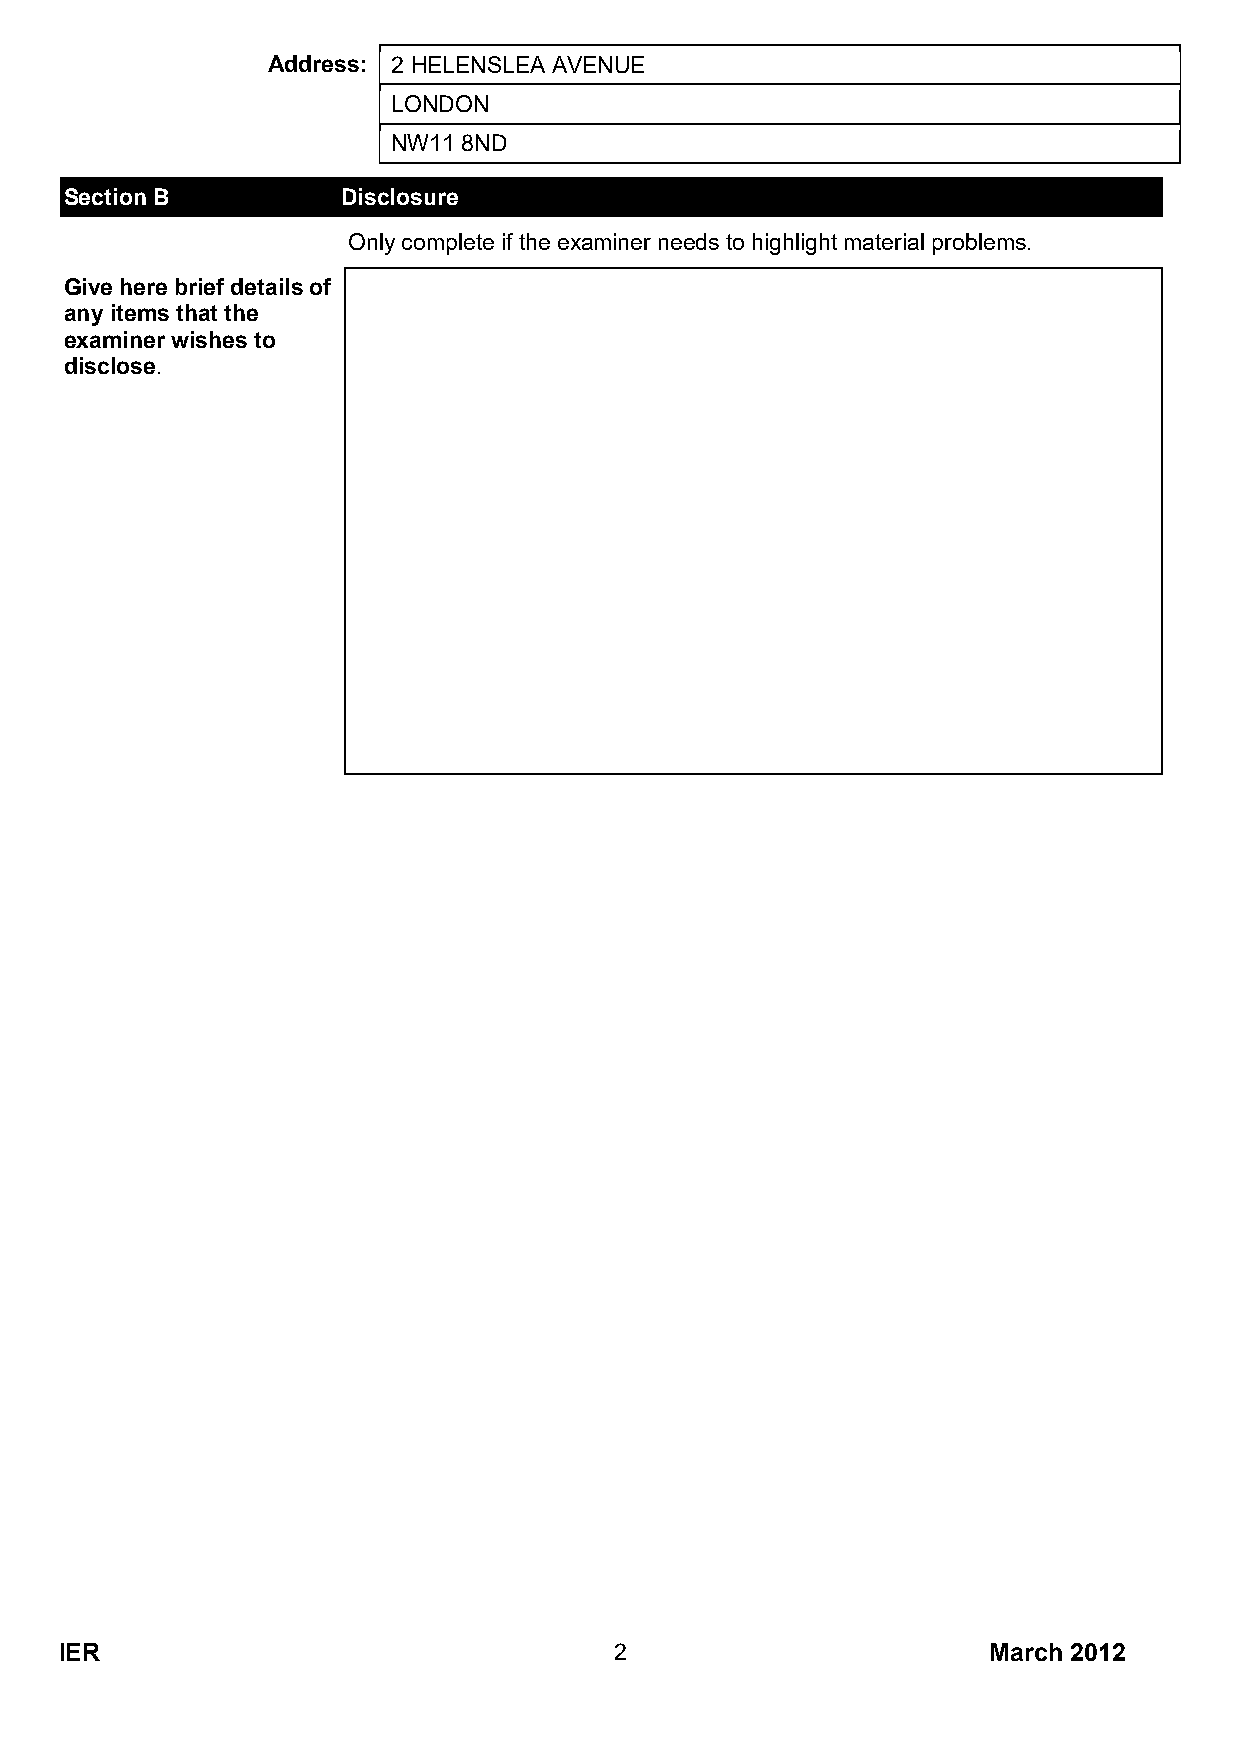
Address: 2 HELENSLEA AVENUE
 LONDON
 NW11 8ND
 Section B          Disclosure
 Only complete if the examiner needs to highlight material problems.
 Give here brief details of
 any items that the
 examiner wishes to
 disclose.
 IER                                  2                       March 2012